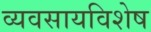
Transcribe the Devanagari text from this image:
व्यवसायविशेष